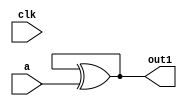
module demo (
    input clk, 
    input a,
    output out1
);

    wire b;

    assign b = b ^ a;

    assign out1 = b;


endmodule